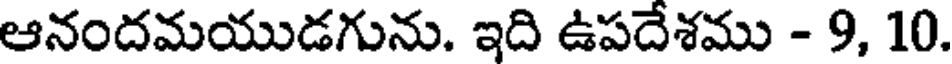
ఆనందమయుడగును. ఇది ఉపదేశము - 9, 10.